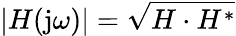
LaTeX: |H(\mathrm{j}\omega)|={\sqrt{H\cdot H^{*}}}